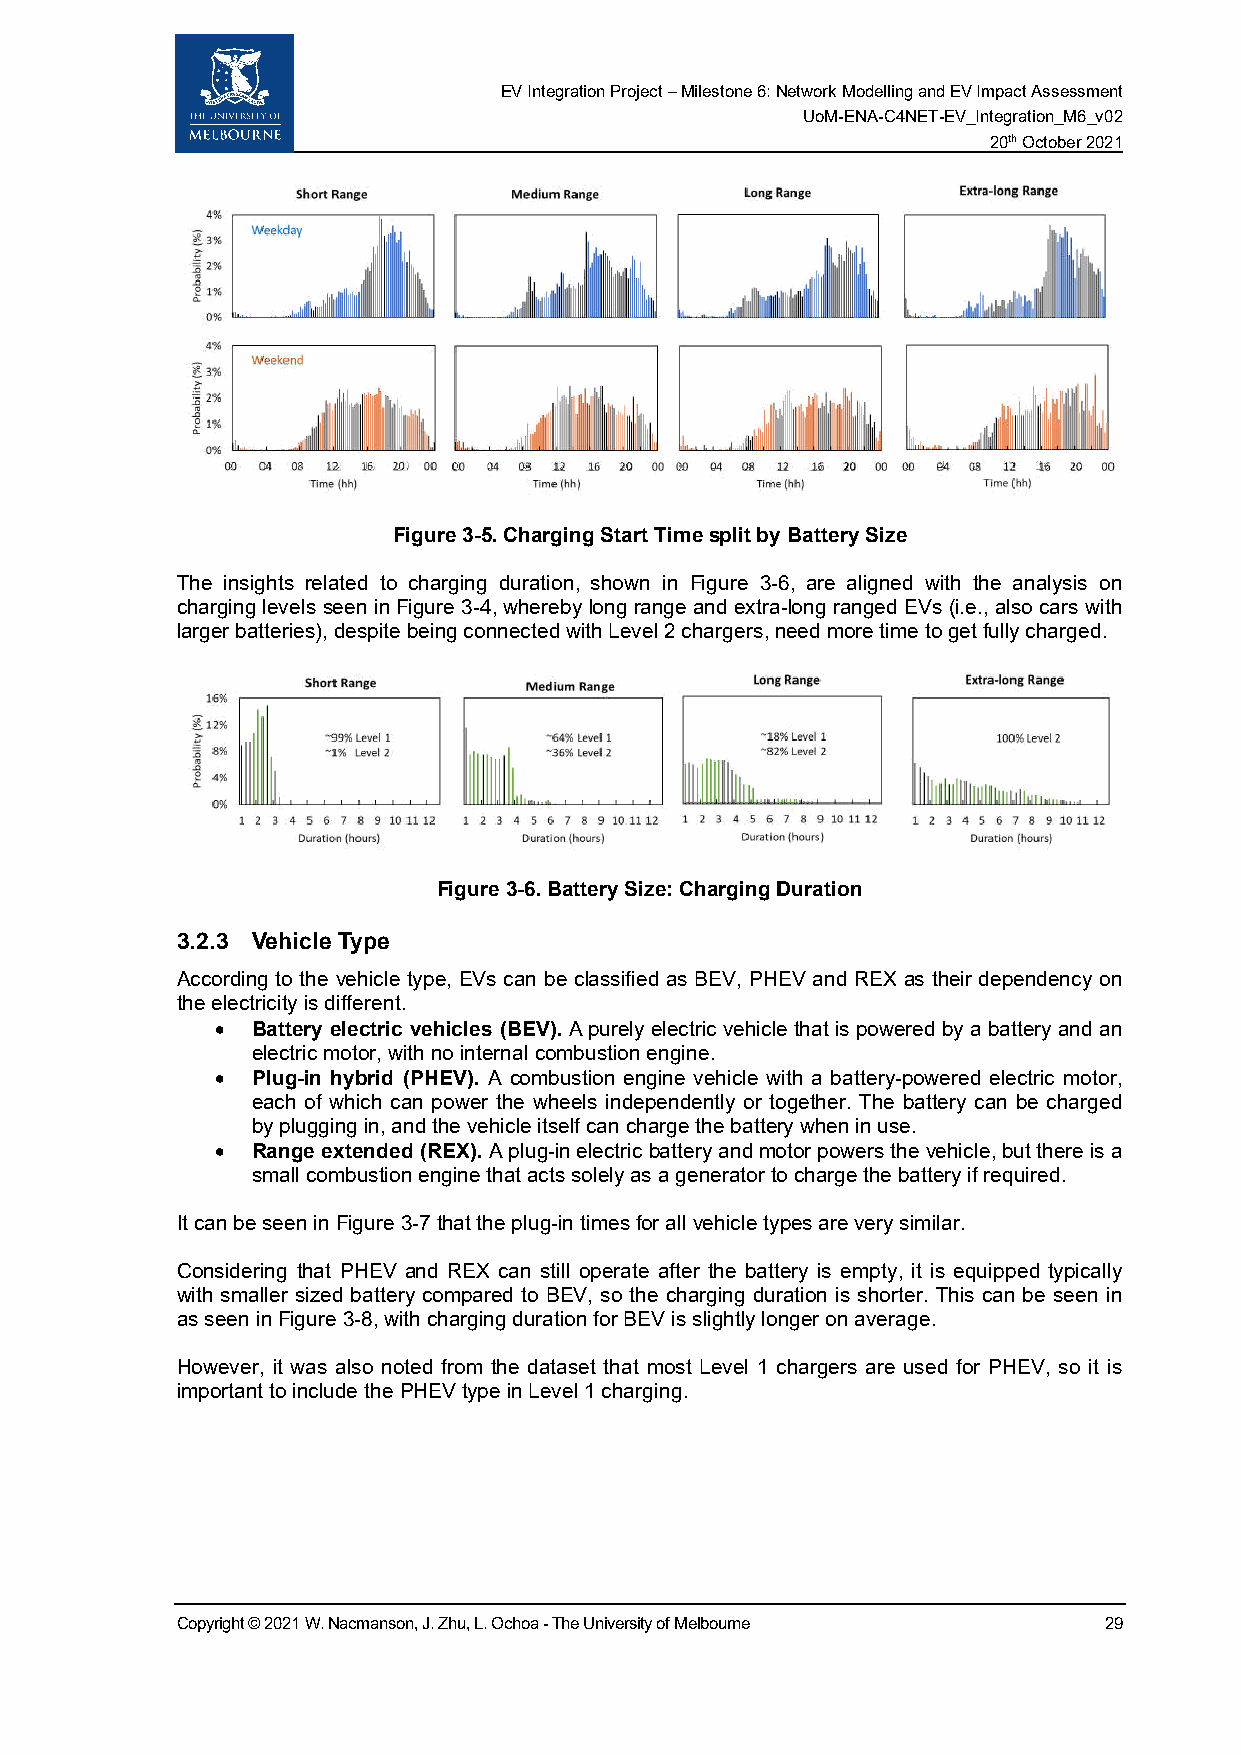
EV Integration Project – Milestone 6: Network Modelling and EV Impact Assessment
 UoM-ENA-C4NET-EV_Integration_M6_v02
 20th October 2021
 Figure 3-5. Charging Start Time split by Battery Size
 The insights related to charging duration, shown in Figure 3-6, are aligned with the analysis on
 charging levels seen in Figure 3-4, whereby long range and extra-long ranged EVs (i.e., also cars with
 larger batteries), despite being connected with Level 2 chargers, need more time to get fully charged.
 Figure 3-6. Battery Size: Charging Duration
 3.2.3 Vehicle Type
 According to the vehicle type, EVs can be classified as BEV, PHEV and REX as their dependency on
 the electricity is different.
 •  Battery electric vehicles (BEV). A purely electric vehicle that is powered by a battery and an
 electric motor, with no internal combustion engine.
 •  Plug-in hybrid (PHEV). A combustion engine vehicle with a battery-powered electric motor,
 each of which can power the wheels independently or together. The battery can be charged
 by plugging in, and the vehicle itself can charge the battery when in use.
 •  Range extended (REX). A plug-in electric battery and motor powers the vehicle, but there is a
 small combustion engine that acts solely as a generator to charge the battery if required.
 It can be seen in Figure 3-7 that the plug-in times for all vehicle types are very similar.
 Considering that PHEV and REX can still operate after the battery is empty, it is equipped typically
 with smaller sized battery compared to BEV, so the charging duration is shorter. This can be seen in
 as seen in Figure 3-8, with charging duration for BEV is slightly longer on average.
 However, it was also noted from the dataset that most Level 1 chargers are used for PHEV, so it is
 important to include the PHEV type in Level 1 charging.
 Copyright © 2021 W. Nacmanson, J. Zhu, L. Ochoa - The University of Melbourne 29